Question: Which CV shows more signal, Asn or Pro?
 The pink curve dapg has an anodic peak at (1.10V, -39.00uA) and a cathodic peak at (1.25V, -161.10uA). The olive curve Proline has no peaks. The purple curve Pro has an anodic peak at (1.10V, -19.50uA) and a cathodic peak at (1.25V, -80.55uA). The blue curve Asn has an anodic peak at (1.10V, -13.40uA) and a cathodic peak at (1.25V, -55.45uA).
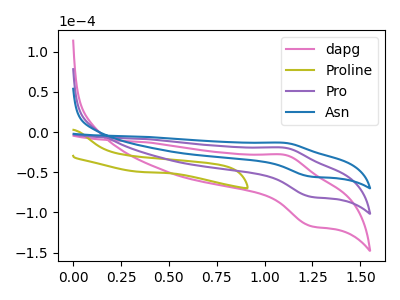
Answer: <think>All the peaks in "Asn" have a peak in "Pro" at the same potential.
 </think>
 <answer>I cant tell if "Asn" or "Pro" has more signal.</answer>
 <eval>mixed_signal</eval>